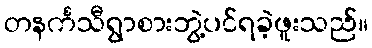
တနင်္ကသီရွာစားဘွဲ့ပင်ရခဲ့ဖူးသည်။